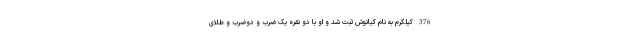
376 کیلگرم به نام کیانوش ثبت شد و او با دو نقره یک ضرب و دوضرب و طلای